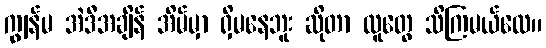
ကျွန်မ အဲဒီအချိန် အိမ်မှာ ရှိမနေဘူး ဆိုတာ လူတွေ သိကြမယ်လေ။